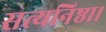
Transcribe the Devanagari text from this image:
सत्यनिष्ठा।